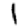
Digit: 1